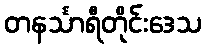
တနင်္သာရီတိုင်းဒေသ